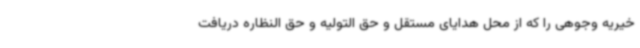
خیریه وجوهی را که از محل هدایای مستقل و حق التولیه و حق النظاره دریافت